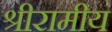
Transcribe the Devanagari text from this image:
श्रीरामीय